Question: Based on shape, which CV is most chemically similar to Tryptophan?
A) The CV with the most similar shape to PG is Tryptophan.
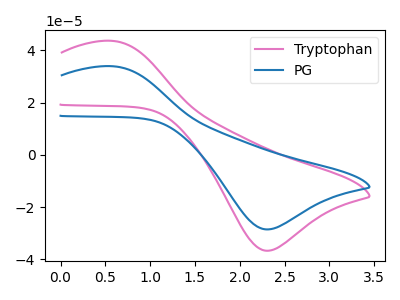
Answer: <think>The pink curve "Tryptophan" has an anodic peak at (0.60V, 43.65uA) and a cathodic peak at (2.30V, -36.75uA). The blue curve "PG" has an anodic peak at (0.60V, 33.95uA) and a cathodic peak at (2.30V, -28.55uA).
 All the peaks in "Tryptophan" have a peak in "PG" at the same potential. Every peak in "Tryptophan" is higher than every peak in "PG".</think>
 <answer>A) The CV with the most similar shape to "PG" is "Tryptophan".</answer>
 <eval>A</eval>